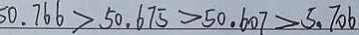
5 0 . 7 6 6 > 5 0 . 6 7 5 > 5 0 . 6 0 7 > 5 . 7 0 6